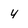
Character: 4